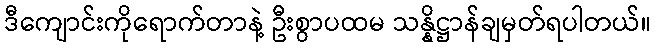
ဒီကျောင်းကိုရောက်တာနဲ့ ဦးစွာပထမ သန္နိဋ္ဌာန်ချမှတ်ရပါတယ်။